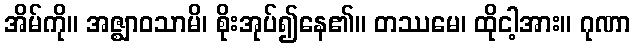
အိမ်ကို။ အဇ္ဈာဝသာမိ၊ စိုးအုပ်၍နေ၏။ တဿမေ၊ ထိုငါ့အား။ ဂုဏာ